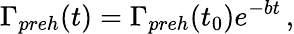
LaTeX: \Gamma_{preh}(t)=\Gamma_{preh}(t_{0})e^{-bt}\, ,